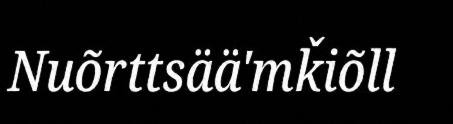
Nuõrttsää'mǩiõll